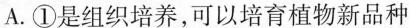
A.①是组织培养，可以培育植物新品种